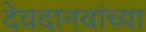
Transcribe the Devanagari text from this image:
देवदानवांच्या